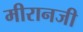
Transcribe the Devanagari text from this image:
मीरानजी